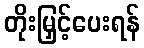
တိုးမြှင့်ပေးရန်